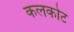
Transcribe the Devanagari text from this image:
कलकोट